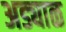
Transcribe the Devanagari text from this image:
अड्याळ